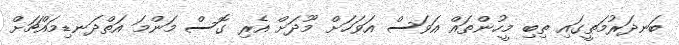
ބަނދަރުމަތީގައި ތިބި މީހުންތައް އަވަސް އަވަހަށް މޫދަށް އެރި ގޮސް މަންމަ އަތްދަނޑިމައްޗަށް